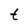
Character: t